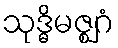
သုဒ္ဓိမဇ္ဈဂံ